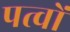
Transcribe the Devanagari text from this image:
पत्वों